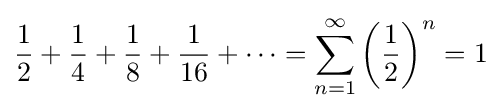
{\frac {1}{2}}+{\frac {1}{4}}+{\frac {1}{8}}+{\frac {1}{16}}+\cdots =\sum _{n=1}^{\infty }\left({\frac {1}{2}}\right)^{n}=1